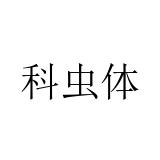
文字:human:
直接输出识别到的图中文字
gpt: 科虫体